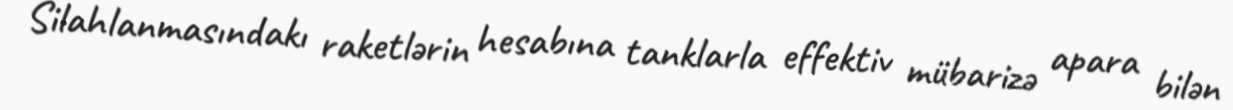
Silahlanmasındakı raketlərin hesabına tanklarla effektiv mübarizə apara bilən